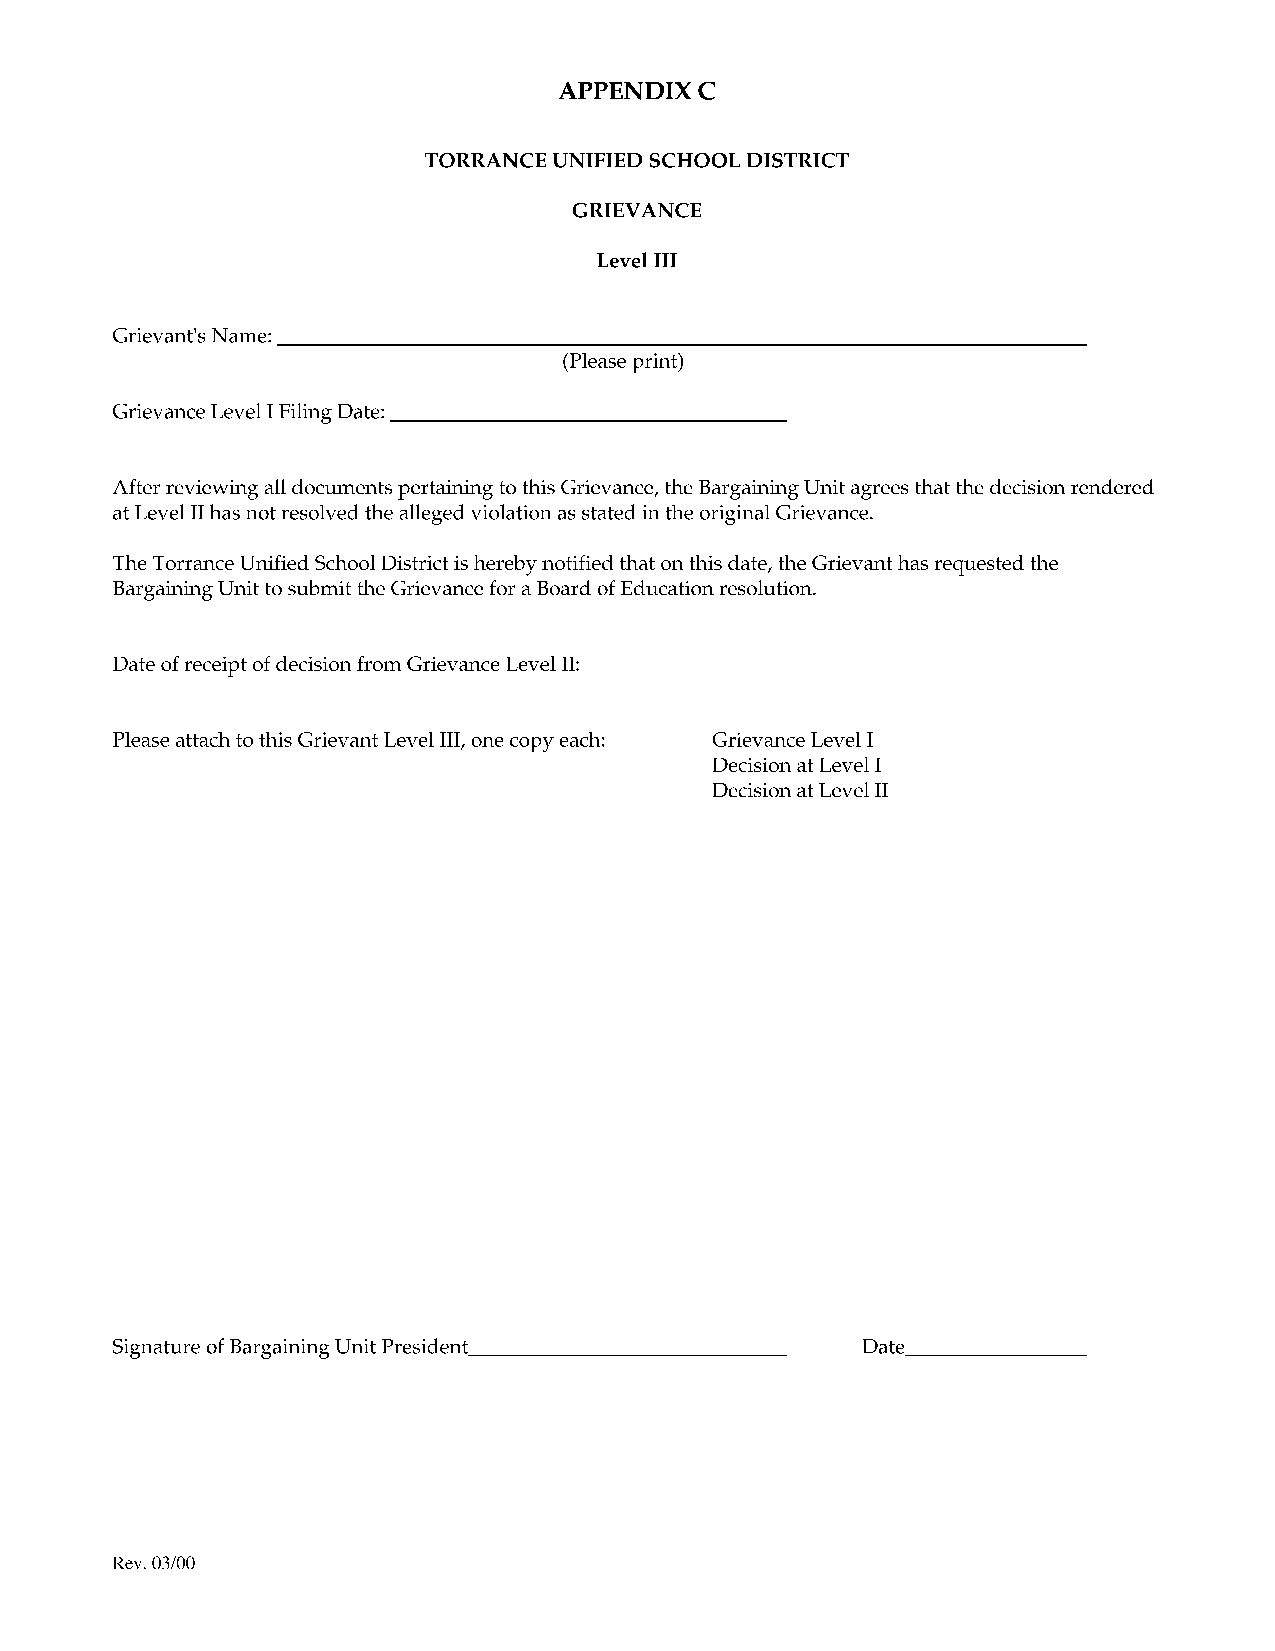
APPENDIXC
 TORRANCE UNIFIED SCHOOL DISTRICT
 GRIEVANCE
 Level III
 Grievant's Name:----------------------------------
 (Please print)
 Grievance Level I Filing Date: _________________
 After reviewing all documents pertaining to this Grievance, the Bargaining Unit agrees that the decision rendered
 at Level II has not resolved the alleged violation as stated in the original Grievance.
 The Torrance Unified School District is hereby notified that on this date, the Grievant has requested the
 Bargaining Unit to submit the Grievance for a Board of Education resolution.
 Date of receipt of decision from Grievance Level II:
 Please attach to this Grievant Level III, one copy each: Grievance Level I
 Decision at Level I
 Decision at Level II
 Signature of Bargaining Unit President_ ____________ Date_ _______
 Rev. 03/00